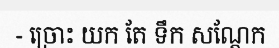
- ច្រោះ យក តែ ទឹក សណ្តែក